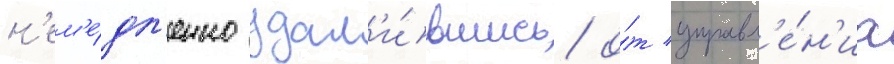
н'ем'е́дл'енно удал'и́вшись о́т управл'е́н'иа